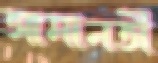
আমানতী